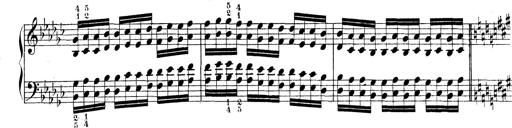
Title: Technische Studien
Composer: Franz Liszt